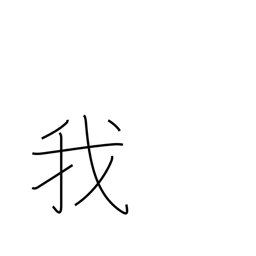
Meaning: I